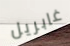
غابريل